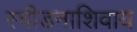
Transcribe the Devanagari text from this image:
स्वीडनाशिवाय